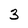
Character: 3